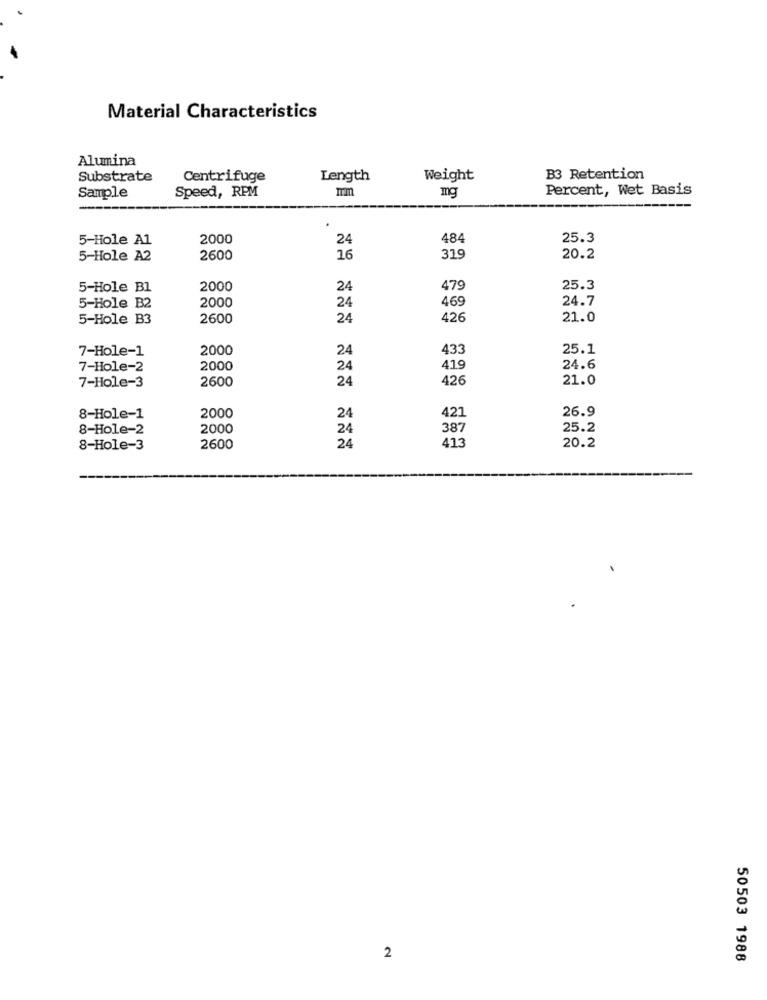
Material Characteristics
Alumina
Substrate
Centrifuge
Length
Weight
B3 Retention
Sample
Percent, Wet Basis
Speed, RPM
mg
---
5-Hole A1
2000
24
484
25.3
5-Hole A2
2600
16
319
20.2
5-Hole Bl
2000
24
479
25.3
2000
24
469
24.7
5-Hole B2
5-Hole B3
2600
24
426
21.0
7-Hole-1
2000
24
433
25.1
7-Hole-2
2000
24
24.6
7-Hole-3
2600
24
426
21.0
24
26.9
8-Hole-1
2000
421
8-Hole-2
2000
24
387
25.2
24
20.2
8-Hole-3
2600
413
2
50503 1988